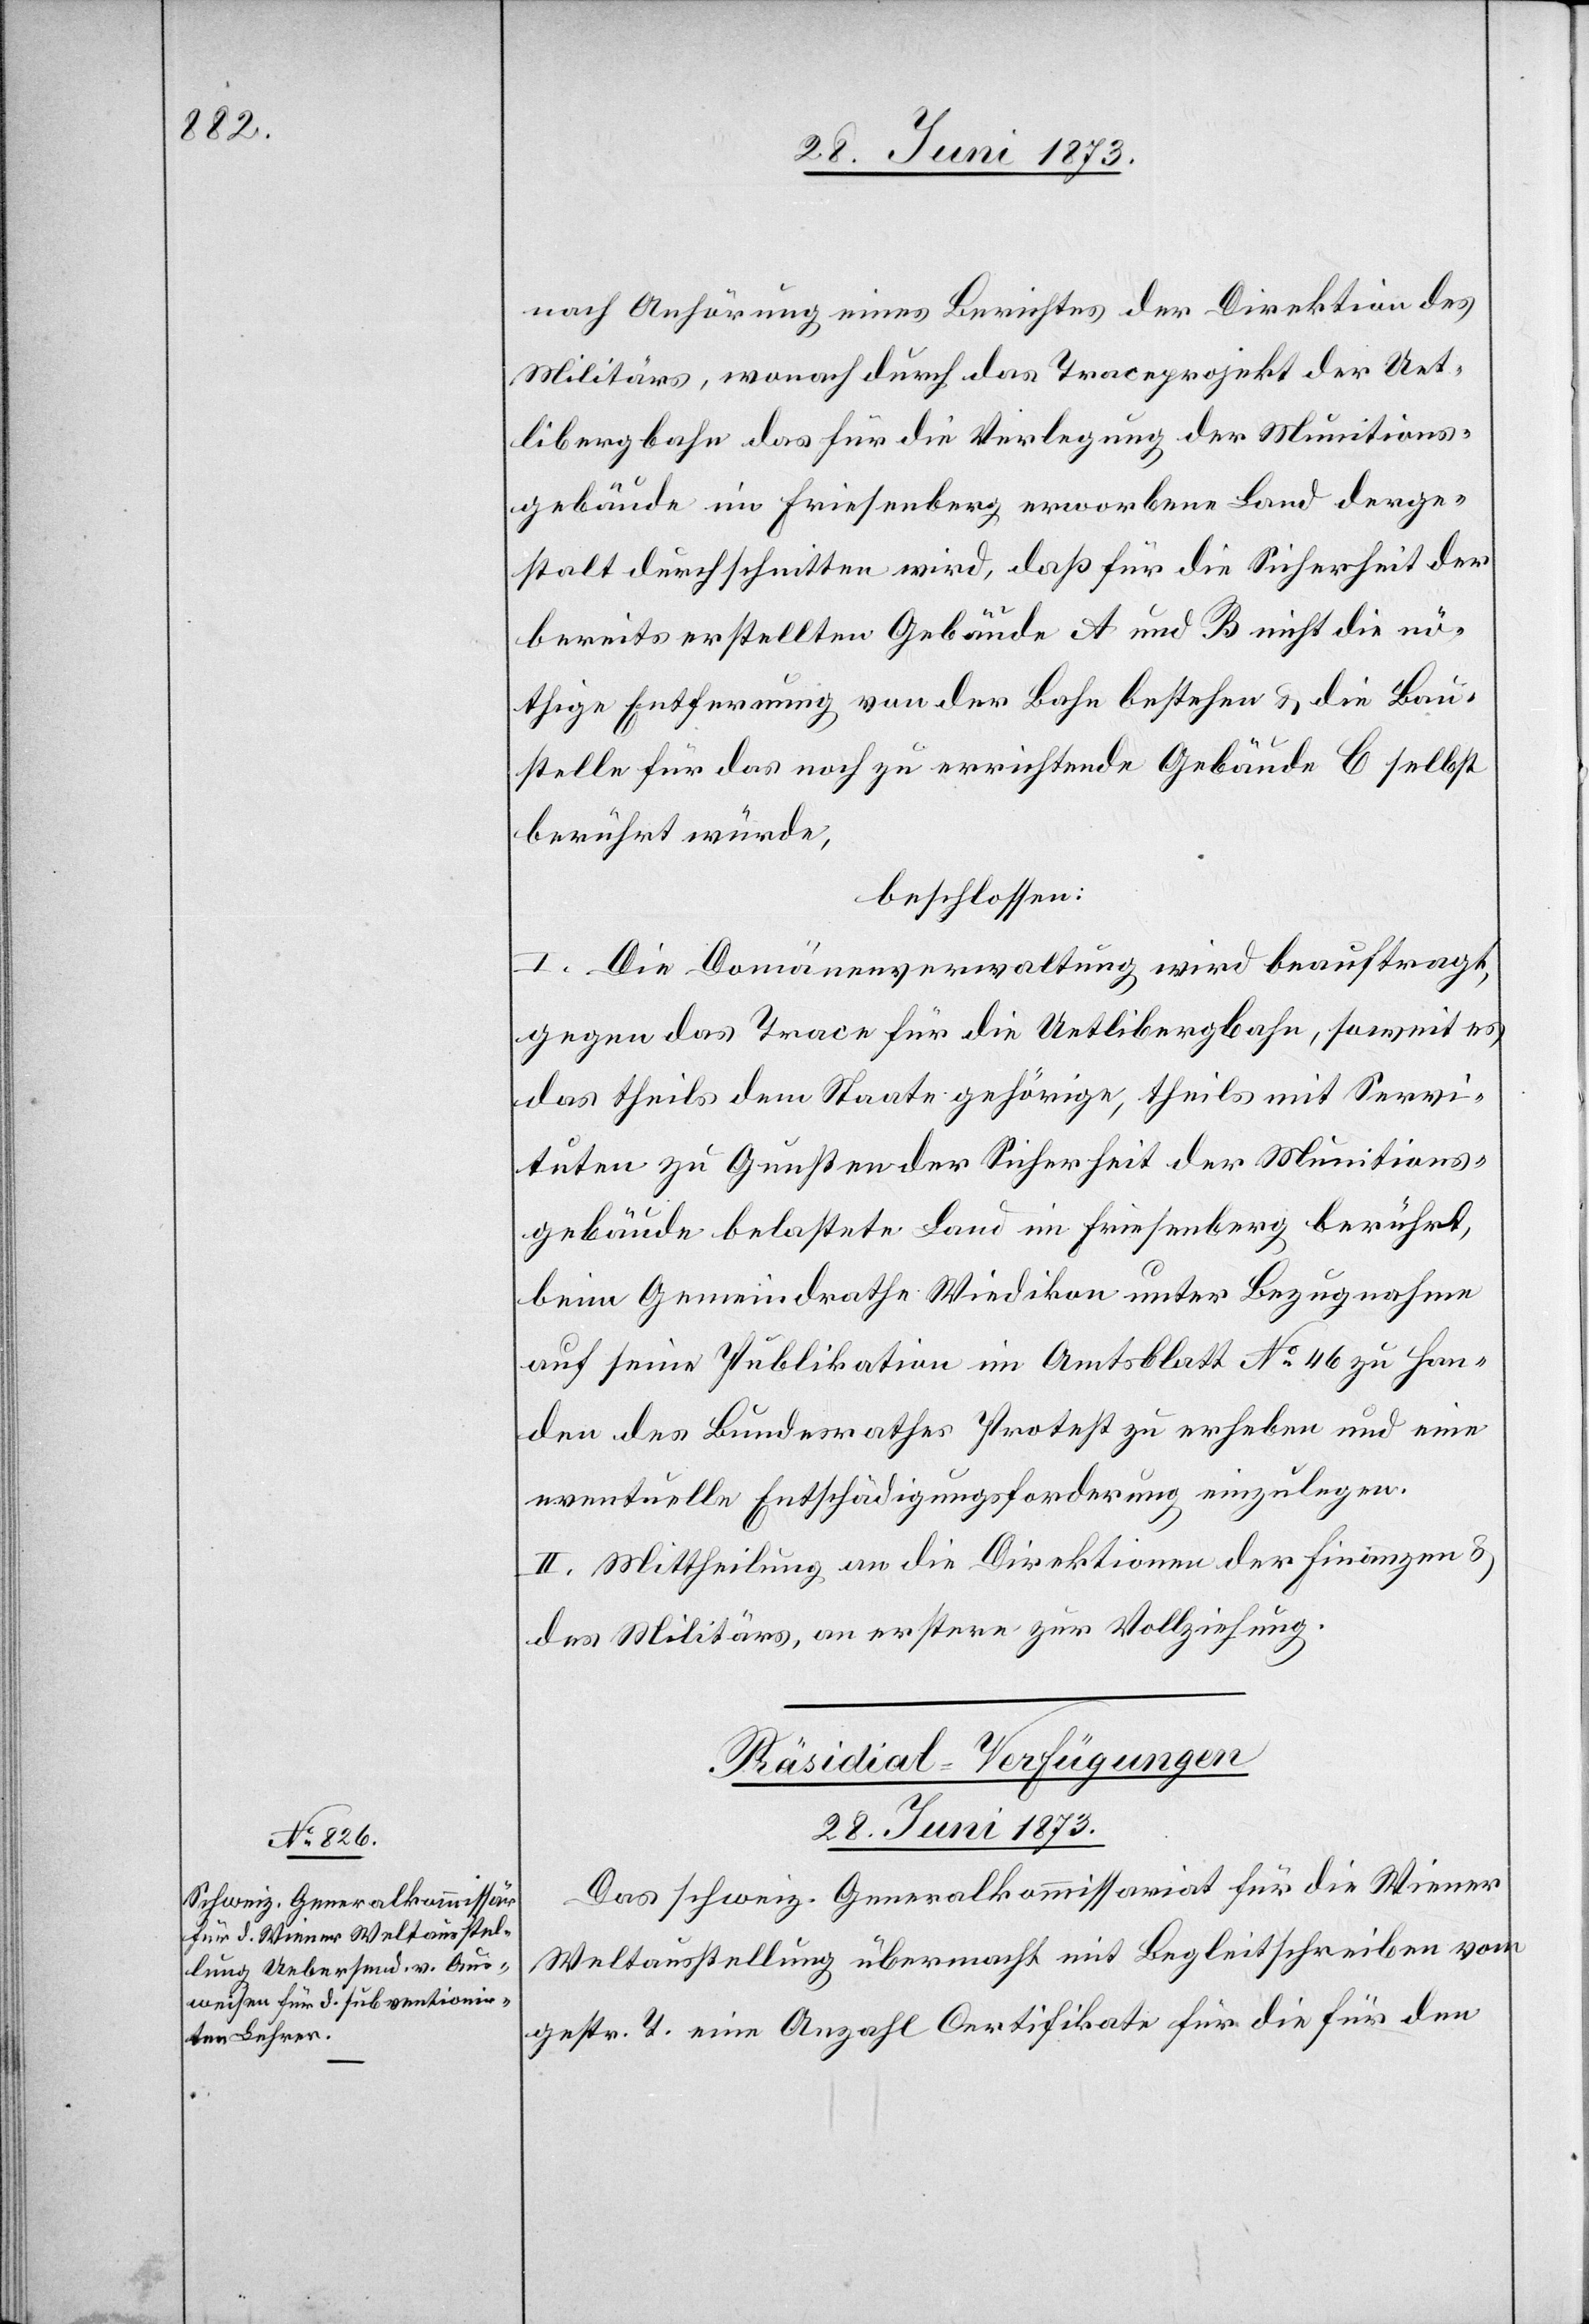
nach Anhörung eines Berichtes der Direktion des
Militärs, wonach durch das Traceprojekt der Uet¬
libergbahn das für die Verlegung der Munitions¬
gebäude im Friesenberg erworbene Land derge¬
stalt durchschnitten wird, daß für die Sicherheit der
bereits erstellten Gebäude A und B nicht die nö¬
thige Entfernung von der Bahn bestehen & die Bau¬
stelle für das noch zu errichtende Gebäude C selbst
berührt würde,
beschlossen:
I. Die Domänenverwaltung wird beauftragt,
gegen das Trace für die Uetlibergbahn, soweit es
das theils dem Staate gehörige, theils mit Servi¬
tuten zu Gunsten der Sicherheit der Munitions¬
gebäude belastete Land im Friesenberg berührt,
beim Gemeindrathe Wiedikon unter Bezugnahme
auf seine Publikation im Amtsblatt No 46 zu Han¬
den des Bundesrathes Protest zu erheben und eine
eventuelle Entschädigungsforderung einzulegen.
II. Mittheilung an die Direktion der Finanzen &
des Militärs, an erstere zur Vollziehung.
Präsidial-Verfügungen
28. Juni 1873.
Das schweiz. Generalkommissariat für die Wiener
Weltausstellung übermacht mit Begleitschreiben vom
gestr. T. eine Anzahl Certifikate für die für den